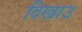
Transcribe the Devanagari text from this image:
दिखाउ